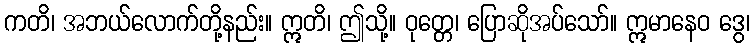
ကတိ၊ အဘယ်လောက်တို့နည်း။ ဣတိ၊ ဤသို့။ ဝုတ္တေ၊ ပြောဆိုအပ်သော်။ ဣမာနေဝ ဒွေ၊